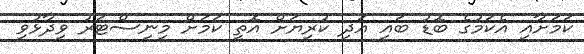
ކަމަށާއި އެކަމުގެ ބޮޑު ބައި އަދި ކުރިޔަށް އޮތީ ކަމަށް މިނިސްޓަރު ވިދާޅުވި